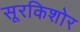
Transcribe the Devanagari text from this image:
सूरकिशोर